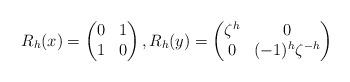
LaTeX: \begin{align*}R_h(x)=\begin{pmatrix} 0 & 1 \\ 1 & 0 \end{pmatrix},R_h (y)=\begin{pmatrix} \zeta^h & 0 \\ 0 & (-1)^h\zeta^{-h} \end{pmatrix}\end{align*}